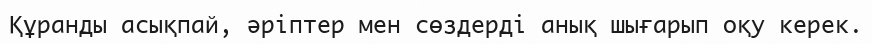
Құранды асықпай, әріптер мен сөздерді анық шығарып оқу керек.